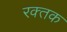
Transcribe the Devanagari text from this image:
रक्‍तक